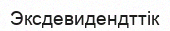
Эксдевидендттік